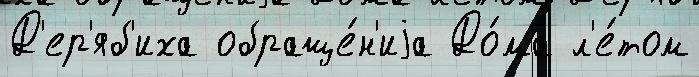
Д'ер'яб'иха обраще́н'иjа До́ма л'е́том